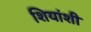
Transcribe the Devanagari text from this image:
शियांशी